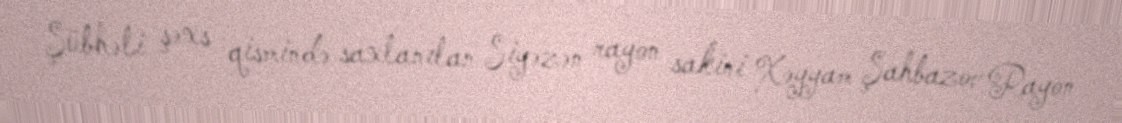
Şübhəli şəxs qismində saxlanılan Siyəzən rayon sakini Xəyyam Şahbazov Rayon